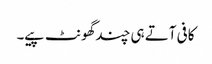
کافی آتے ہی چندگھونٹ پیے۔